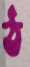
ঠ